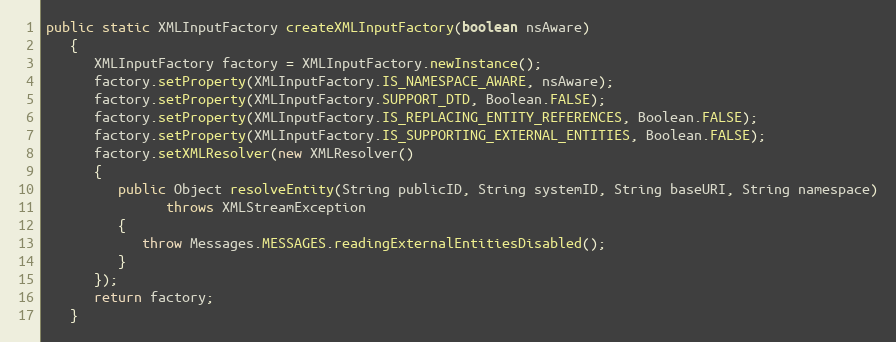
Language: Java
public static XMLInputFactory createXMLInputFactory(boolean nsAware)
   {
      XMLInputFactory factory = XMLInputFactory.newInstance();
      factory.setProperty(XMLInputFactory.IS_NAMESPACE_AWARE, nsAware);
      factory.setProperty(XMLInputFactory.SUPPORT_DTD, Boolean.FALSE);
      factory.setProperty(XMLInputFactory.IS_REPLACING_ENTITY_REFERENCES, Boolean.FALSE);
      factory.setProperty(XMLInputFactory.IS_SUPPORTING_EXTERNAL_ENTITIES, Boolean.FALSE);
      factory.setXMLResolver(new XMLResolver()
      {
         public Object resolveEntity(String publicID, String systemID, String baseURI, String namespace)
               throws XMLStreamException
         {
            throw Messages.MESSAGES.readingExternalEntitiesDisabled();
         }
      });
      return factory;
   }